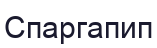
Спаргапип